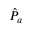
\hat { P } _ { a }